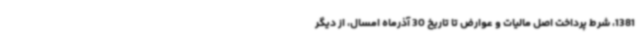
1381، شرط پرداخت اصل مالیات و عوارض تا تاریخ 30 آذرماه امسال، از دیگر